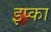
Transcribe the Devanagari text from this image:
इप्का